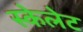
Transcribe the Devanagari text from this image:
स्केलेट